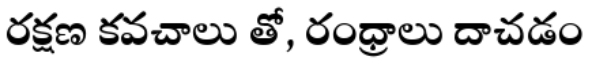
రక్షణ కవచాలు తో, రంధ్రాలు దాచడం